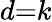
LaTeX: d{=}k